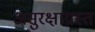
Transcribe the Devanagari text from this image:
असुरक्षाग्रस्त